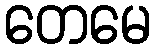
တေမေ